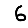
Digit: 6